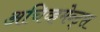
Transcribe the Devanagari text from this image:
अचिव्हमेन्ट्स